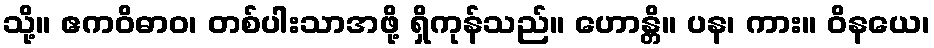
သို့။ ဧကဝိဓာဝ၊ တစ်ပါးသာအဖို့ ရှိကုန်သည်။ ဟောန္တိ။ ပန၊ ကား။ ဝိနယေ၊